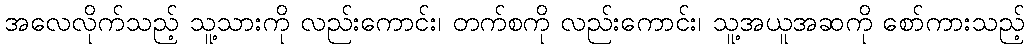
အလေလိုက်သည့် သူ့သားကို လည်းကောင်း၊ တက်စကို လည်းကောင်း၊ သူ့အယူအဆကို စော်ကားသည့်